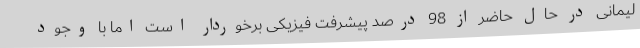
لیمانی در حال حاضر از 98 درصد پیشرفت فیزیکی برخوردار است اما با وجود